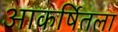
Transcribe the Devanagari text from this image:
आकर्षितला